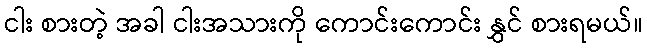
ငါး စားတဲ့ အခါ ငါးအသားကို ကောင်းကောင်း နွှင် စားရမယ်။